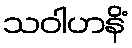
သဝါဟနိံ